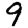
Digit: 9